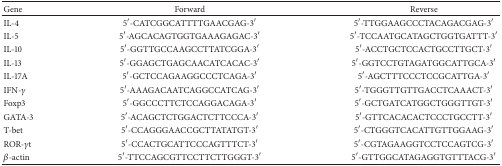
<table><thead><tr><td><b>Gene</b></td><td><b>Forward</b></td><td><b>Reverse</b></td></tr></thead><tbody><tr><td>IL-4</td><td>5′-CATCGGCATTTTGAACGAG-3′</td><td>5′-TTGGAAGCCCTACAGACGAG-3′</td></tr><tr><td>IL-5</td><td>5′-AGCACAGTGGTGAAAGAGAC-3′</td><td>5′-TCCAATGCATAGCTGGTGATTT-3′</td></tr><tr><td>IL-10</td><td>5′-GGTTGCCAAGCCTTATCGGA-3′</td><td>5′-ACCTGCTCCACTGCCTTGCT-3′</td></tr><tr><td>IL-13</td><td>5′-GGAGCTGAGCAACATCACAC-3′</td><td>5′-GGTCCTGTAGATGGCATTGCA-3′</td></tr><tr><td>IL-17A</td><td>5′-GCTCCAGAAGGCCCTCAGA-3′</td><td>5′-AGCTTTCCCTCCGCATTGA-3′</td></tr><tr><td>IFN-<i>γ</i></td><td>5′-AAAGACAATCAGGCCATCAG-3′</td><td>5′-TGGGTTGTTGACCTCAAACT-3′</td></tr><tr><td>Foxp3</td><td>5′-GGCCCTTCTCCAGGACAGA-3′</td><td>5′-GCTGATCATGGCTGGGTTGT-3′</td></tr><tr><td>GATA-3</td><td>5′-ACAGCTCTGGACTCTTCCCA-3′</td><td>5′-GTTCACACACTCCCTGCCTT-3′</td></tr><tr><td>T-bet</td><td>5′-CCAGGGAACCGCTTATATGT-3′</td><td>5′-CTGGGTCACATTGTTGGAAG-3′</td></tr><tr><td>ROR-<i>γ</i>t</td><td>5′-CCACTGCATTCCCAGTTTCT-3′</td><td>5′-CGTAGAAGGTCCTCCAGTCG-3′</td></tr><tr><td><i>β</i>-actin</td><td>5′-TTCCAGCGTTCCTTCTTGGGT-3′</td><td>5′-GTTGGCATAGAGGTGTTTACG-3′</td></tr></tbody></table>